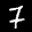
Label: 7